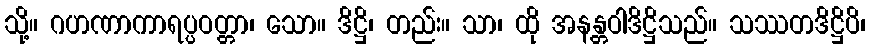
သို့။ ဂဟဏာကာရပ္ပဝတ္တာ၊ သော။ ဒိဋ္ဌိ၊ တည်း။ သာ၊ ထို အနန္တဝါဒိဋ္ဌိသည်။ သဿတဒိဋ္ဌိပိ၊